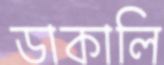
ডাকালি